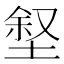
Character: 𪣶